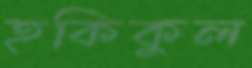
হকিকুল